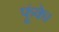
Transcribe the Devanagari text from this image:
फूंके।